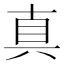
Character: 真